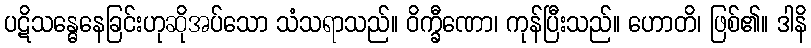
ပဋိသန္ဓေနေခြင်းဟုဆိုအပ်သော သံသရာသည်။ ဝိက္ခီဏော၊ ကုန်ပြီးသည်။ ဟောတိ၊ ဖြစ်၏။ ဒါနိ